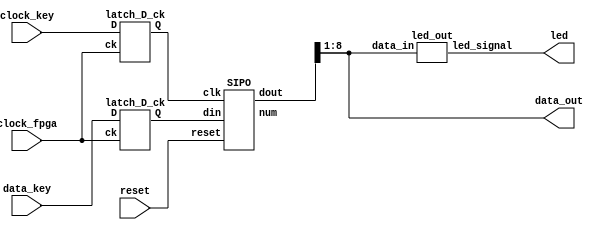
// ECE 3710 - University of Utah, Fall 2023
// Top-Level Module: PS2 controller for interface of Air Hockey Project
//	Utilizes a 50MHz input system clock and Dell ps2 keyboard for keyboard clock and data
// Toggles LED based on what key is being pressed and sends signal out for use in bitGen logic


module ps2 (
				input clock_key, 			//clock signal of keyboard
				input data_key,			//input data of keyboard
				input clock_fpga, 		//fpga clock  50MHz
				input reset,				//fills the shift register-SIPO
				output [9:0] led,			//data output from keyboard to LED(for debug)
				output [7:0] data_out	//data output from keyboard after decode
				);
				
				
wire clock_interm;		//intermadiary clock signal = keyboard clock synchronized with fpga clock
wire [10: 0] dout;
wire out_xnor, out_and, ok;
wire data_in;
wire [3:0] count;

latch_D_ck lceas(clock_key, clock_fpga, clock_interm);
latch_D_ck ldate(data_key, clock_fpga, data_in);
	
SIPO register(data_in, clock_interm, reset ,dout, count);
xnor exclusive(out_xnor, dout[8], dout[7], dout[6], dout[5], dout[4], dout[3], dout[2], dout[1]);
and si(out_and, out_xnor, dout[9], ok);
verificare ver (clock_fpga, dout, ok, count);

//led output based on keyboard input
led_out led_output(.data_in(data_out), .led_signal(led[9:0]));

assign data_out = dout[8:1];

endmodule 
//----------------------------------------------------------

//led output based on the input key being pressed
module led_out(input [7:0] data_in,	
				   output reg[9:0] led_signal);

	always@(data_in) begin
	   if(data_in == 8'hf0) begin //break key
			led_signal=10'b0000000000;
		end
		else if(data_in == 8'h76) begin //esc key-restart game
			led_signal=10'b0000000001;
		end
		else if(data_in == 8'h29) begin //space key-start game
			led_signal=10'b0000000010;
		end
		else if(data_in == 8'h1D) begin //w key
			led_signal=10'b0000000100;
		end
		else if(data_in == 8'h1C) begin //a key
			led_signal=10'b0000001000;
		end
		else if(data_in == 8'h1B) begin //s key
			led_signal=10'b0000010000;
		end
		else if(data_in == 8'h23) begin //d key
			led_signal=10'b0000100000;
		end
		else if(data_in == 8'h75) begin //up key
			led_signal=10'b0001000000;
		end
		else if(data_in == 8'h72) begin //down key
			led_signal=10'b0010000000;
		end
		else if(data_in == 8'h6B) begin //left key
			led_signal=10'b0100000000;
		end
		else if(data_in == 8'h74) begin //right key
			led_signal=10'b1000000000;
		end
		else begin
			led_signal=10'b0000000000;
		end
	end
					
endmodule



//----------------------------------------------------
module verificare(input clock_fpga, 						//fpga clock signal
						input [10:0] data_in_parallel, 		//parallel data from SIPO register
						output reg ok, 							//indicates that the data received is correct, active on 1
						input [3:0] count							//counter from SIPO register
						);

////////internal registers///////
reg sum;
wire par_check;	//parity check

always @ (clock_fpga)
		if (count < 11)
			sum = sum + data_in_parallel[count-1]; 	//calculus of parity
		else if (count == 11)
			if (data_in_parallel[0] == 1 && data_in_parallel[10] == 0 && par_check == data_in_parallel[9])
				ok = 1; //active if the start, stop and parity bits are correct
			else 
				ok = 0;
		
assign par_check = ~sum;


endmodule 



//Latch to assign correct outputs
module latch_D_ck (input D, 
						input ck, 
						output Q);

	assign Q = (ck==1) ? D : Q;
	
endmodule

//serial in, parallel out shift register module
module SIPO ( 
			input 			din, 			//serial data in
			input 			clk, 			//clock signal
			input 			reset, 		//fills register with one's
			output [10:0]	dout, 		//parallel data out
			output [3:0] 	num			//counter for the number of shifts
			);

reg [10:0] data_out;
reg [10:0]s;
reg [3:0] count = 0;

always @ (negedge clk)
	if (reset == 0) 
		begin
			s <= 11'b111_1111_1111;
			count <= 0;
		end
	else
		begin
			s[10] <= din;
			s[9] <= s[10];
			s[8] <= s[9];
			s[7] <= s[8];
			s[6] <= s[7];
			s[5] <= s[6];
			s[4] <= s[5];
			s[3] <= s[4];
			s[2] <= s[3];
			s[1] <= s[2];
			s[0] <= s[1];
		//count the number of times the register shifts until a full new code is in the register
			if (count < 11)
				count <= count + 1;
			else 
				count = 0;
		end

assign dout = s;
assign num = count;

endmodule